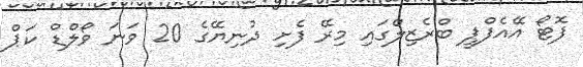
ފޮޓޯ އޭއެފްޕީ ބްރެޒިލްގައި މިރޭ ފެށި ދުނިޔޭގެ 20 ވަނަ ވޯލްޑް ކަޕް